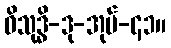
ဝိသုဒ္ဓိ-ဒု-အုပ်-၄၁။